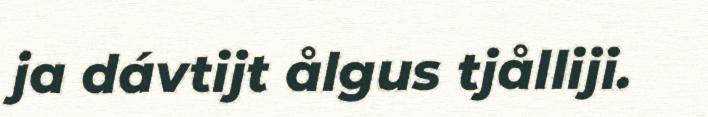
ja dávtijt ålgus tjålliji.